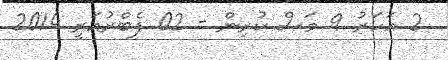
2 އަހަރު 9 މަސް ކުރިން - 02 ފެބްރުއަރީ 2014